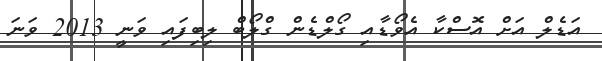
އަޑެލް އަށް އޮސްކާ އެވޯޑާއި ގޯލްޑެން ގްލޯބް ލިބިފައި ވަނީ 2013 ވަނަ